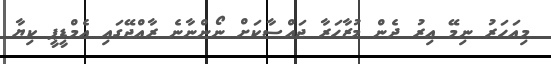
މިއަހަރު ނިމޭ އިރު ދެން މުޒާހަރާ ޖައްސާކަށް ނޯންނާނެ ރާއްޖޭގައި އެމްޑީޕީ ކިޔާ